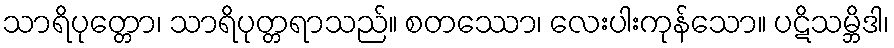
သာရိပုတ္တော၊ သာရိပုတ္တရာသည်။ စတဿော၊ လေးပါးကုန်သော။ ပဋိသမ္ဘိဒါ၊